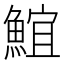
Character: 𩸨